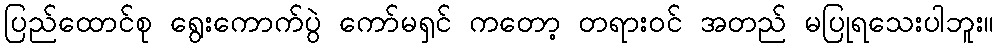
ပြည်ထောင်စု ရွေးကောက်ပွဲ ကော်မရှင် ကတော့ တရားဝင် အတည် မပြုရသေးပါဘူး။